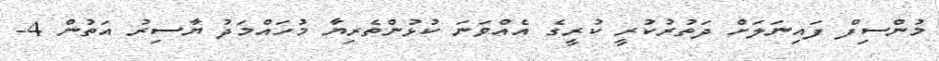
މުންސިފް ފައިނަލަށް ދަތުރުކުރީ ކުރީގެ އެއްވަނަ ކުޅުންތެރިޔާ މުހައްމަދު ޔާސިރު އަތުން 4-